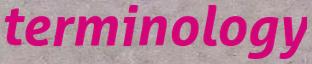
terminology